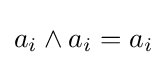
a_{i}\land a_{i}=a_{i}